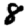
Digit: 8